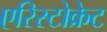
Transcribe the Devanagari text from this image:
एरिस्टोक्रेट